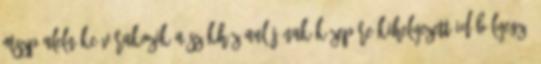
MSZP alelnöke várakozik a székház aulájának közepére kihelyezett időbélyegző